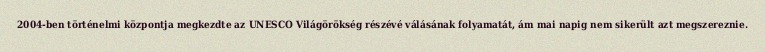
2004-ben történelmi központja megkezdte az UNESCO Világörökség részévé válásának folyamatát, ám mai napig nem sikerült azt megszereznie.